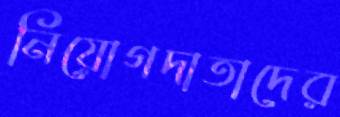
নিয়োগদাতাদের